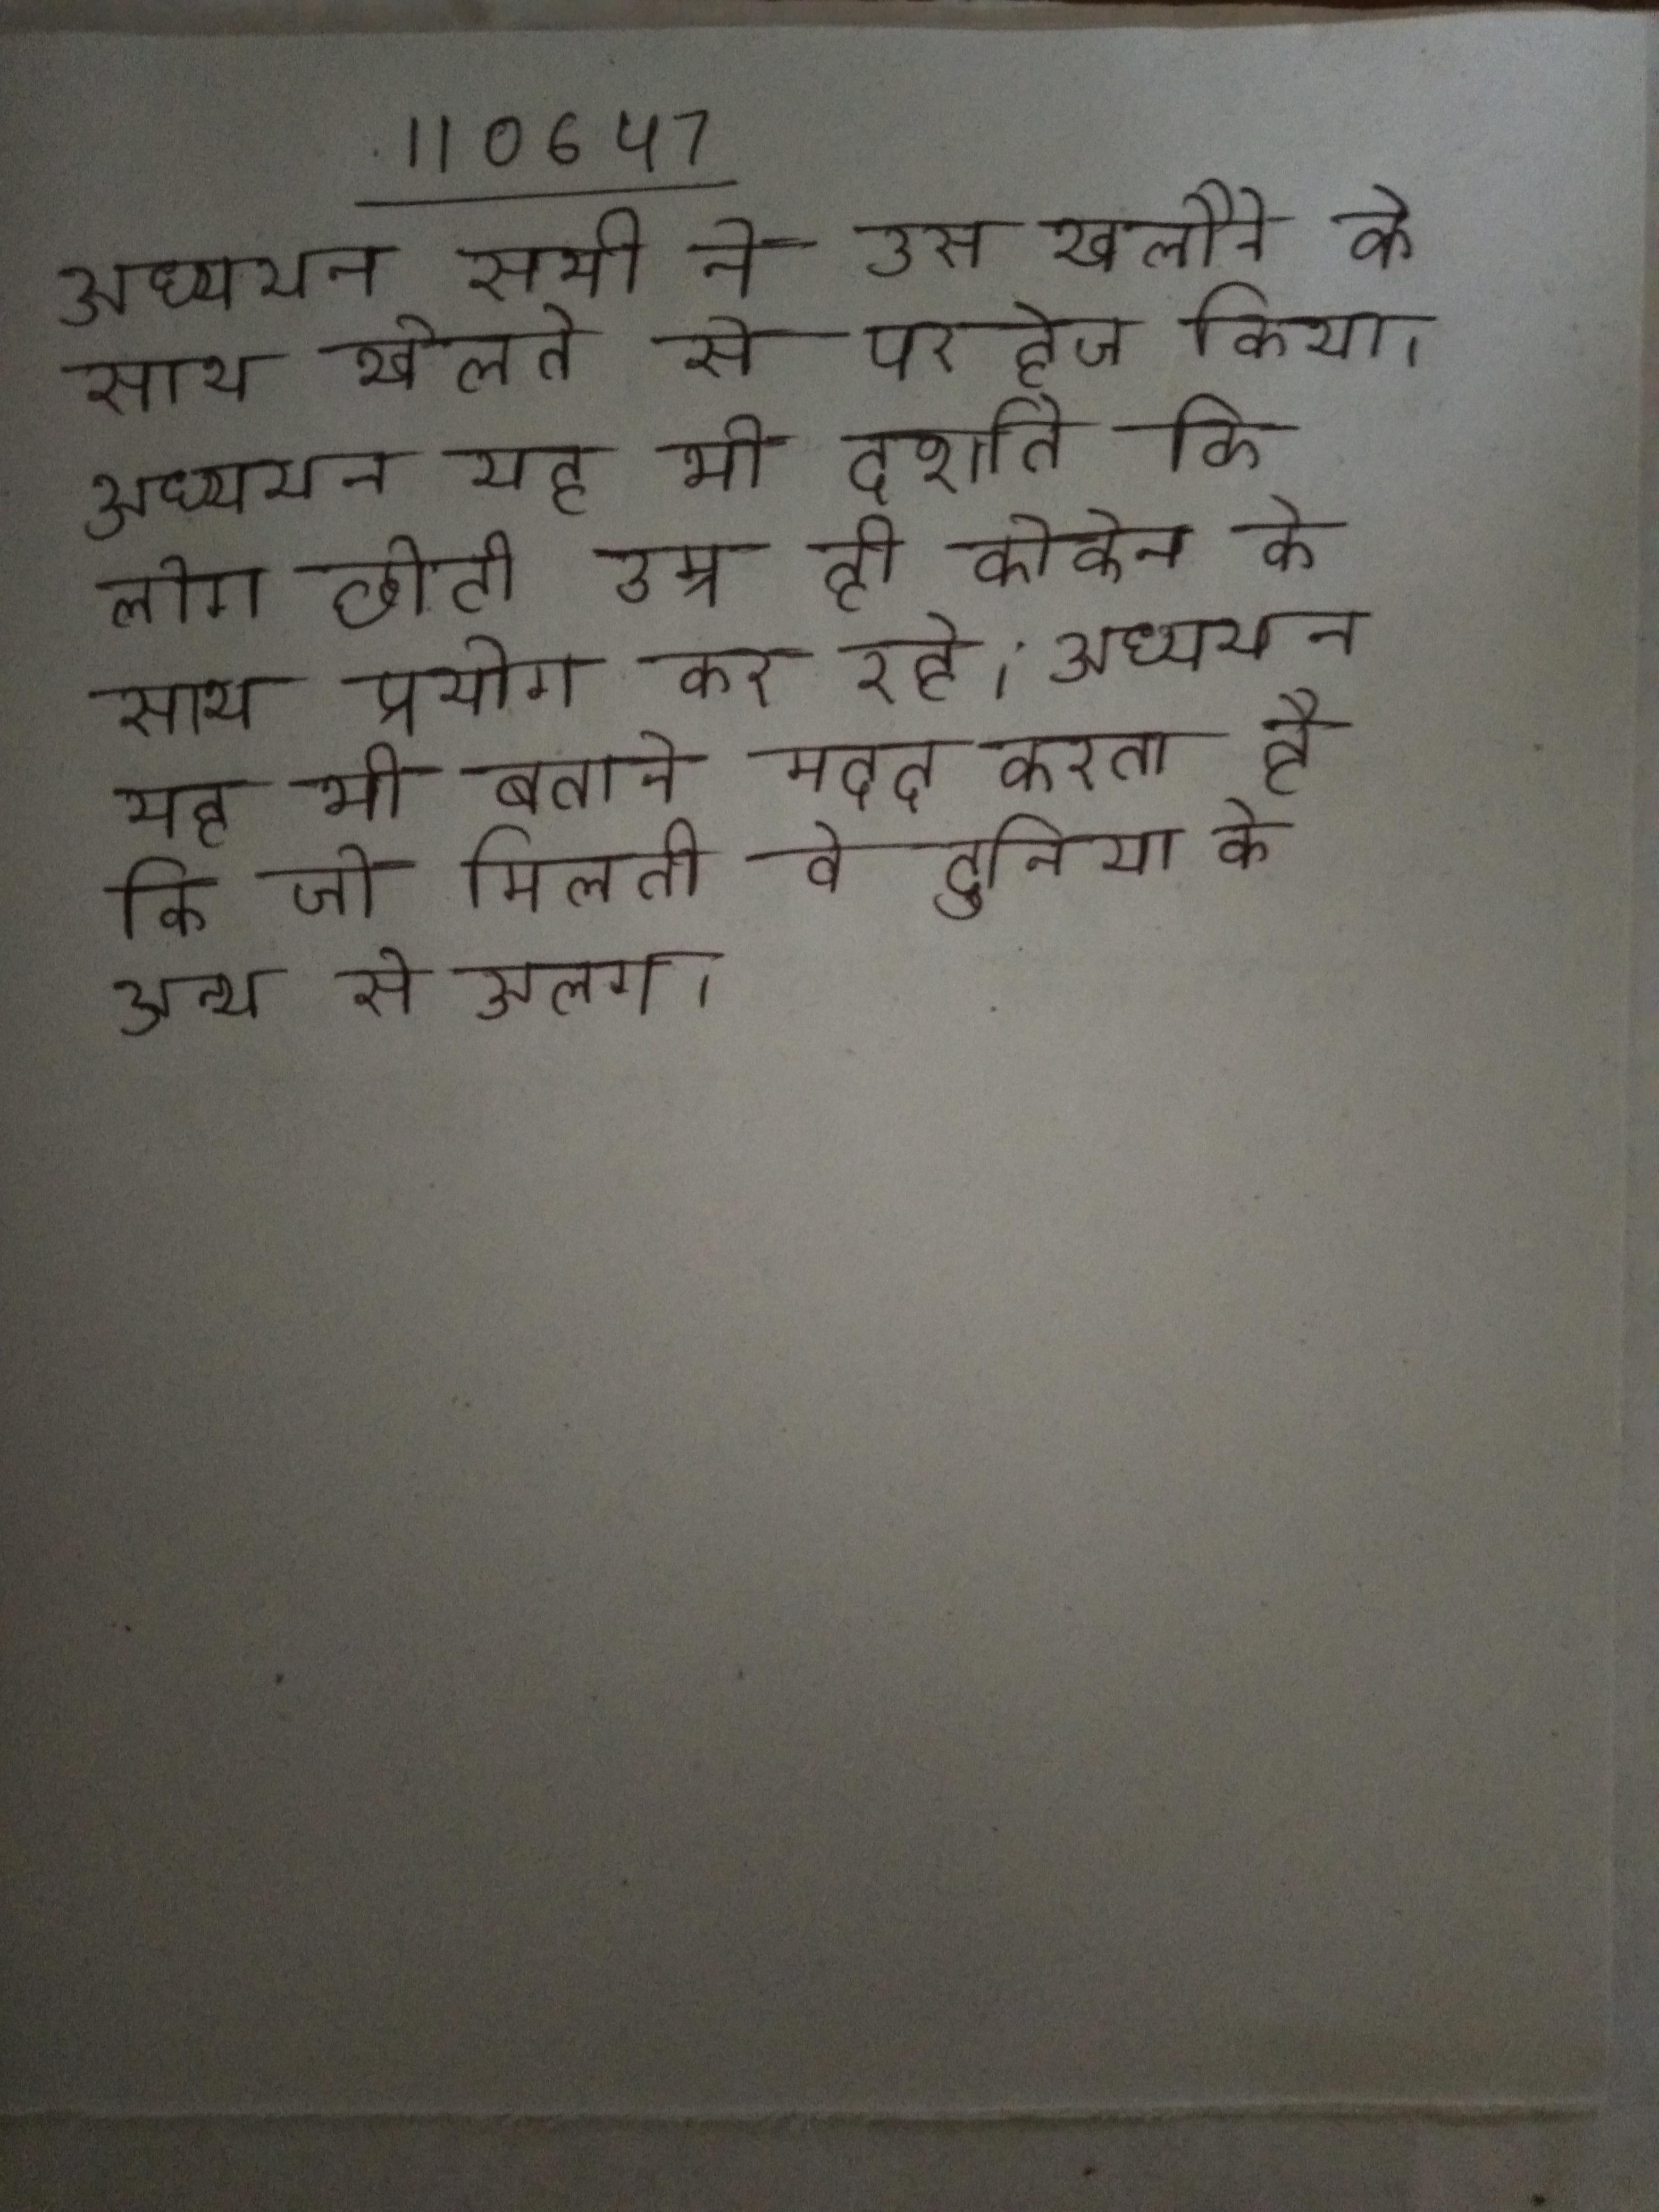
अध्ययन सभी ने उस खलौने के साथ खेलने से परहेज किया । अध्ययन यह भी दर्शाते कि लोग छोटी उम्र ही कोकेन के साथ प्रयोग कर रहे । अध्ययन यह भी बताने मदद करता है कि जो मिलती वे दुनिया के अन्य से अलग ।